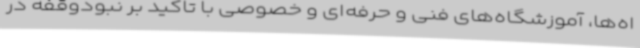
اه‌ها، آموزشگاه‌های فنی و حرفه‌ای و خصوصی با تاکید بر نبودوقفه در